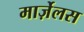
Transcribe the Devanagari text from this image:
मार्ज़ेलस